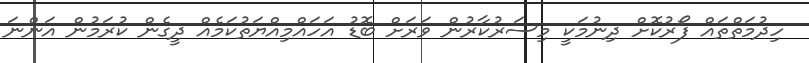
ހިދުމަތްތައް ފޯރުކޮށް ދިނުމަކީ މިސަރުކާރުން ވަރަށް ބޮޑު އަހައްމިއްޔަތުކަމެއް ދީގެން ކުރަމުން އަންނަ